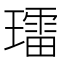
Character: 𱯩